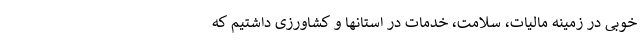
خوبی در زمینه مالیات، سلامت، خدمات در استانها و کشاورزی داشتیم که